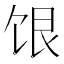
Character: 𬲷